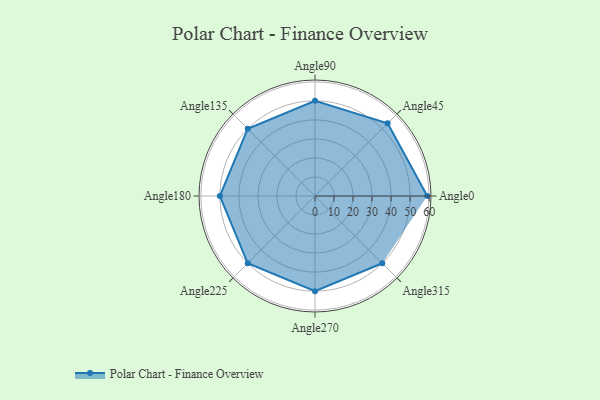
{"axis": {"x": "Angle", "y": "Radius"}, "legend": [""], "data": [{"x": "Angle0", "y": 59.0, "type": ""}, {"x": "Angle45", "y": 54.0, "type": ""}, {"x": "Angle90", "y": 50, "type": ""}, {"x": "Angle135", "y": 50, "type": ""}, {"x": "Angle180", "y": 50, "type": ""}, {"x": "Angle225", "y": 50, "type": ""}, {"x": "Angle270", "y": 50, "type": ""}, {"x": "Angle315", "y": 50, "type": ""}]}